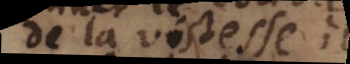
de la vistesse